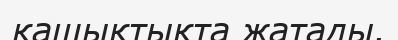
қашықтықта жатады.